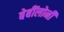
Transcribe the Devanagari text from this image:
बेबींलोनी